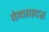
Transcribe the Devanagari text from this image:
वेळावदर